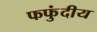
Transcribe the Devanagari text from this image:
फफुंदीय